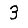
Digit: 3